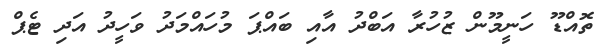
ތޮއްޑޫ ހަނީމޫން ޒުހުރާ އަބްދު އާއި ބައްޕަ މުހައްމަދު ވަހީދު އަދި ޓެޕް